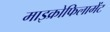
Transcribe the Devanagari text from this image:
माइक्रोफिलामेंट